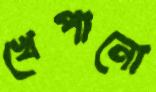
খেপানো